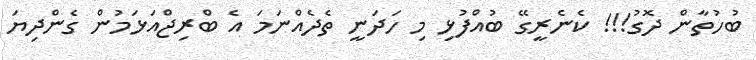
ބުހުތާން ދޮގު!!! ކެނެރީގޭ ބުއްފުޅި މި ހަދަނީ ތެދެއްނަމަ އެ ބްރިޖްއަޅަމުން ގެންދިޔަ